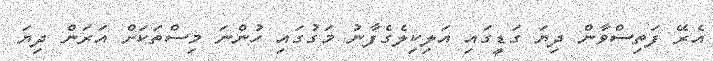
އެރޭ ފަތިސްވާން ދިޔަ ގަޑީގައި އަލިކިލެގެފާނު މަގުގައި ހުންނަ މިސްތަކަށް އަރަން ދިޔަ